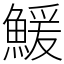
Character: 鰀